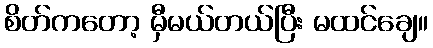
စိတ်ကတော့ မှီမယ်တယ်ပြီး မထင်ချေ။